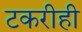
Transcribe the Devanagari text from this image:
टकरीही